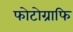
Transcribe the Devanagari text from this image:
फोटोग्राफि